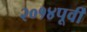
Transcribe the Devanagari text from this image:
२०१४पूर्वी